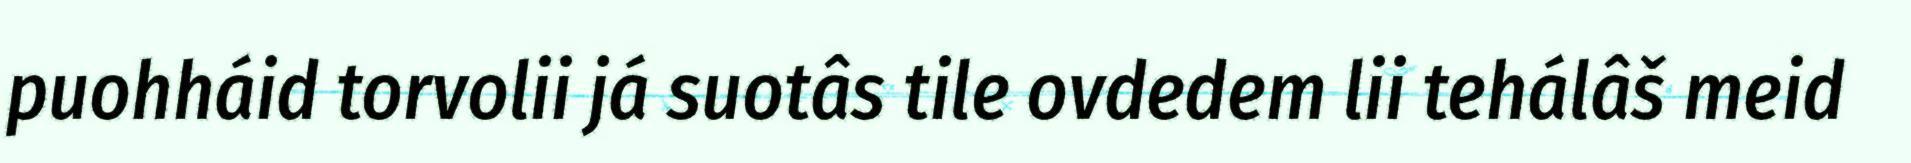
puohháid torvolii já suotâs tile ovdedem lii tehálâš meid